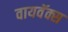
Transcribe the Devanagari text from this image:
वायवॅक्स